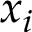
x _ { i }